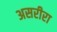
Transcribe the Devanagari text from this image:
असरीरा